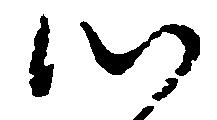
つ